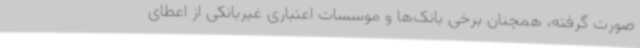
صورت گرفته، همچنان برخی بانک‌ها و موسسات اعتباری غیربانکی از اعطای